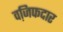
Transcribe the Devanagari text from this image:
वजि़फदार